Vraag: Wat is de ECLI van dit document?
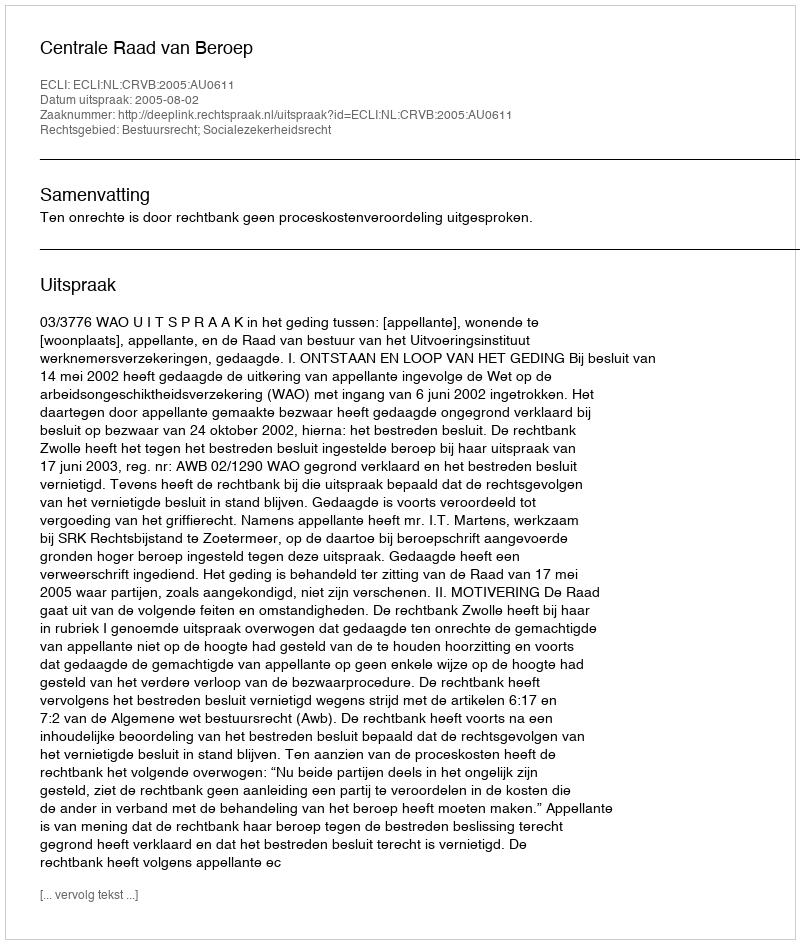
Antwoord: ECLI:NL:CRVB:2005:AU0611